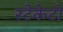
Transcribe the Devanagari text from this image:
स्टेकेटो